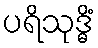
ပရိသုဒ္ဓိံ